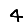
Digit: 4